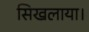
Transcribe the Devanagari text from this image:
सिखलाया।